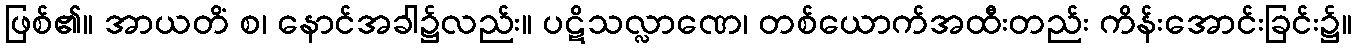
ဖြစ်၏။ အာယတိံ စ၊ နောင်အခါ၌လည်း။ ပဋိသလ္လာဏေ၊ တစ်ယောက်အထီးတည်း ကိန်းအောင်းခြင်း၌။